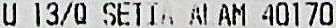
U 13/Q SETIA ALAM 40170